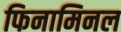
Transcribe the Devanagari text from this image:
फिनामिनल